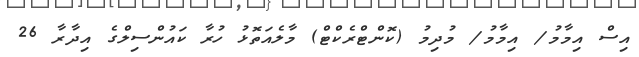
އިސް އިމާމު/ އިމާމު/ މުދިމު (ކޮންޓްރެކްޓް) މާލެއަތޮޅު ހުރާ ކައުންސިލްގެ އިދާރާ 26